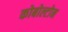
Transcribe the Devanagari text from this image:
कोबोल्टोन